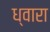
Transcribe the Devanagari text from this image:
ध्वारा